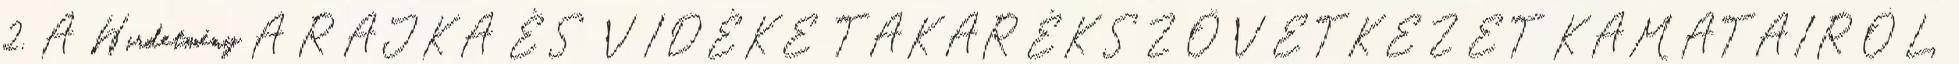
2. A Hirdetmény A RAJKA ÉS VIDÉKE TAKARÉKSZÖVETKEZET KAMATAIRÓL